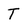
Character: T